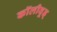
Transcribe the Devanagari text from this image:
कॉलीवूड्